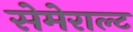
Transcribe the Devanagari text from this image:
सेमेराल्ट